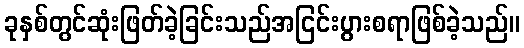
ခုနှစ်တွင်ဆုံးဖြတ်ခဲ့ခြင်းသည်အငြင်းပွားစရာဖြစ်ခဲ့သည်။